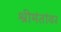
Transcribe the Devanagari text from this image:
श्रीमंतांवर